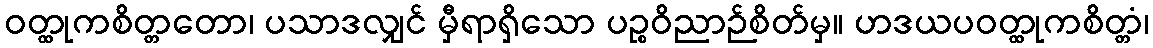
ဝတ္ထုကစိတ္တတော၊ ပသာဒလျှင် မှီရာရှိသော ပဉ္စဝိညာဉ်စိတ်မှ။ ဟဒယပဝတ္ထုကစိတ္တံ၊